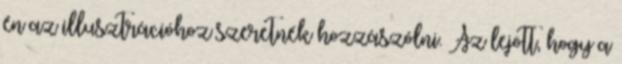
én az illusztrációhoz szeretnék hozzászólni. Az lejött, hogy a